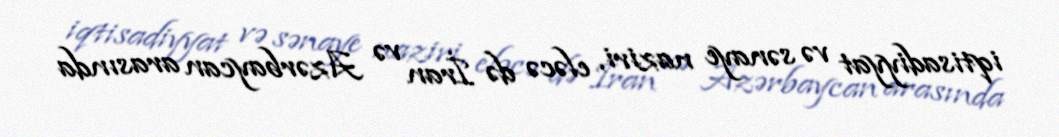
iqtisadiyyat və sənaye naziri, eləcə də İran və Azərbaycan arasında